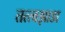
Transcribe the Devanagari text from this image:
तत्त्वझाडा